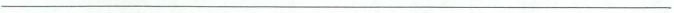
___